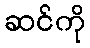
ဆင်ကို